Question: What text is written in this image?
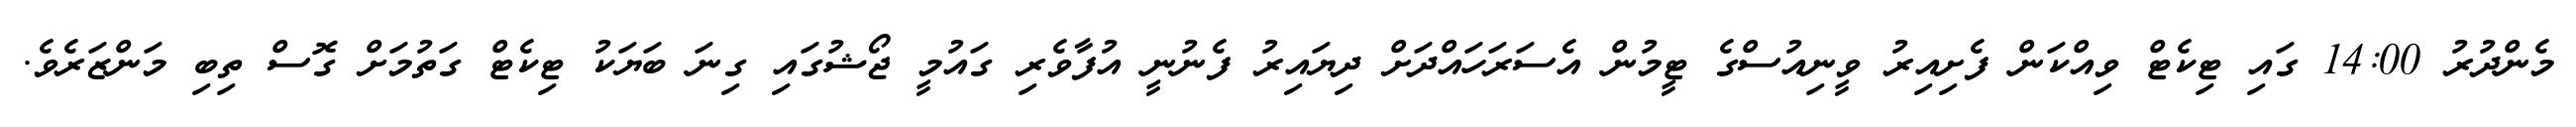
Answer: މެންދުރު 14:00 ގައި ޓިކެޓް ވިއްކަން ފެށިއިރު ވީނިއުސްގެ ޓީމުން އެސަރަހައްދަށް ދިޔައިރު ފެނުނީ އުފާވެރި ގައުމީ ޖޯޝުގައި ގިނަ ބަޔަކު ޓިކެޓް ގަތުމަށް ގޮސް ތިބި މަންޒަރެވެ.